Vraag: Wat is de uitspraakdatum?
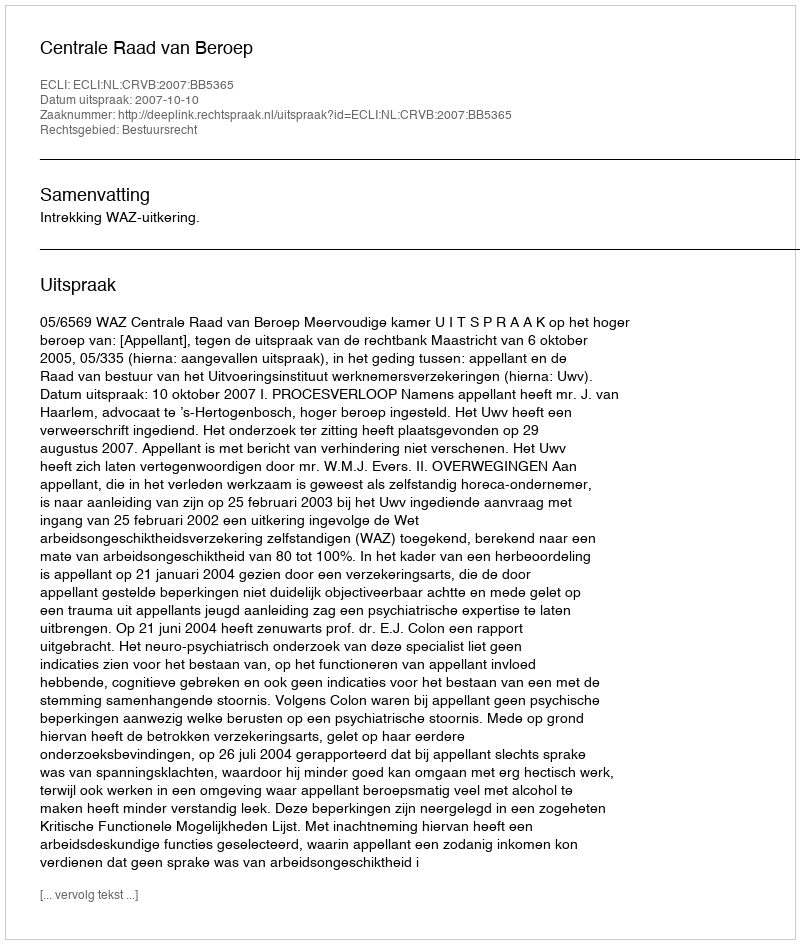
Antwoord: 2007-10-10